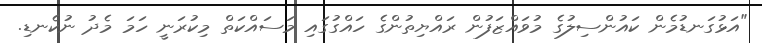
"އަޅުގަނޑުމެން ކައުންސިލުގެ މުވައްޒަފުން ރައްޔިތުންގެ ހައްގުގައި މަސައްކަތް މިކުރަނީ ހަމަ މެދު ނުކެނޑި.